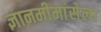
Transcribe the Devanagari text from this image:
ज्ञानमीमांसेला